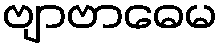
ဗျာဗာဓေမ